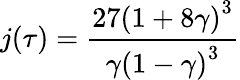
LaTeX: j(\tau)={\frac{27\left(1+8\gamma\right)^{3}}{\gamma\left(1-\gamma\right)^{3}}}